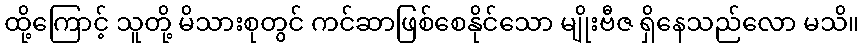
ထို့ကြောင့် သူတို့ မိသားစုတွင် ကင်ဆာဖြစ်စေနိုင်သော မျိုးဗီဇ ရှိနေသည်လော မသိ။